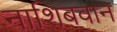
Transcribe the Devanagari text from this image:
नाशिबवान